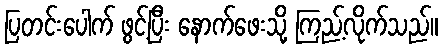
ပြတင်းပေါက် ဖွင့်ပြီး နောက်ဖေးသို့ ကြည့်လိုက်သည်။